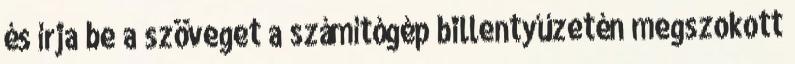
és írja be a szöveget a számítógép billentyűzetén megszokott